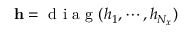
\mathbf { h } = \mathrm { ~ d ~ i ~ a ~ g ~ } ( h _ { 1 } , \cdots , h _ { N _ { x } } )